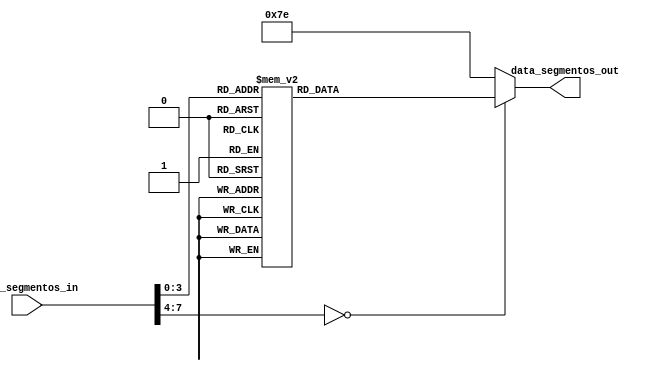

module segmentos_7(
	input [7:0] data_segmentos_in,
	output reg [6:0] data_segmentos_out
);

always @(*)
begin
	case(data_segmentos_in)
		0:
			data_segmentos_out = 7'h40;
		1:
			data_segmentos_out = 7'h79;
		2:
			data_segmentos_out = 7'h24;
		3:
			data_segmentos_out = 7'h30;
		4:
			data_segmentos_out = 7'h19;
		5:
			data_segmentos_out = 7'h12;
		6:
			data_segmentos_out = 7'h02;
		7:
			data_segmentos_out = 7'h78;
		8:
			data_segmentos_out = 7'h00;
		9:
			data_segmentos_out = 7'h18;
		default:
			data_segmentos_out = 7'h7E;
	endcase
end
	
endmodule